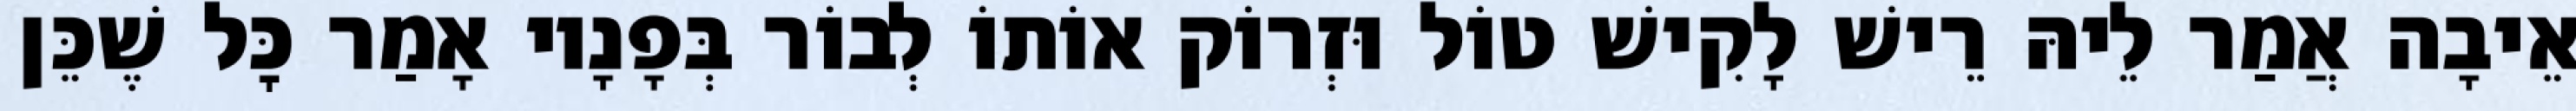
אֵיבָה אֲמַר לֵיהּ רֵישׁ לָקִישׁ טוֹל וּזְרוֹק אוֹתוֹ לְבוֹר בְּפָנָיו אָמַר כׇּל שֶׁכֵּן